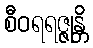
စီဝရရဇ္ဇုန္တိ